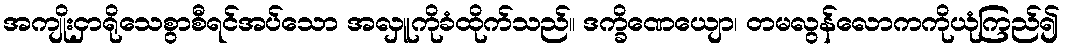
အကျိုးငှာရိုသေစွာစီရင်အပ်သော အလှူကိုခံထိုက်သည်။ ဒက္ခိဏေယျော၊ တမလွန်လောကကိုယုံကြည်၍